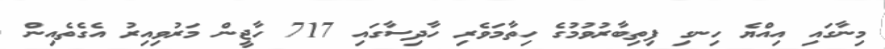
މިނާގައި އިއްޔެ ހިނގި ފިތިބާރުވުމުގެ ހިތާމަވެރި ހާދިސާގައި 717 ހާޖީން މަރުވިއިރު އެގެތެއިން